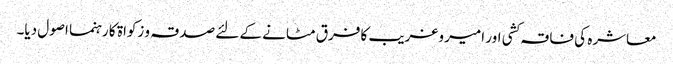
معاشرہ کی فاقہ کشی اور امیر وغریب کا فرق مٹانے کے لئے صدقہ و زکواۃ کا رہنما اصول دیا۔